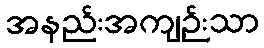
အနည်းအကျဉ်းသာ